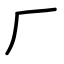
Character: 厂